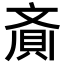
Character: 𮚁